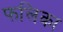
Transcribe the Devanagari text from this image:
फलिका